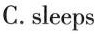
C.sleeps